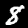
Digit: 8